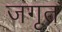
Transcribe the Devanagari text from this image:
जगृत